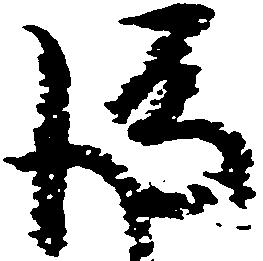
後